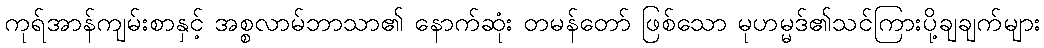
ကုရ်အာန်ကျမ်းစာနှင့် အစ္စလာမ်ဘာသာ၏ နောက်ဆုံး တမန်တော် ဖြစ်သော မုဟမ္မဒ်၏သင်ကြားပို့ချချက်များ